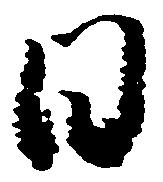
日